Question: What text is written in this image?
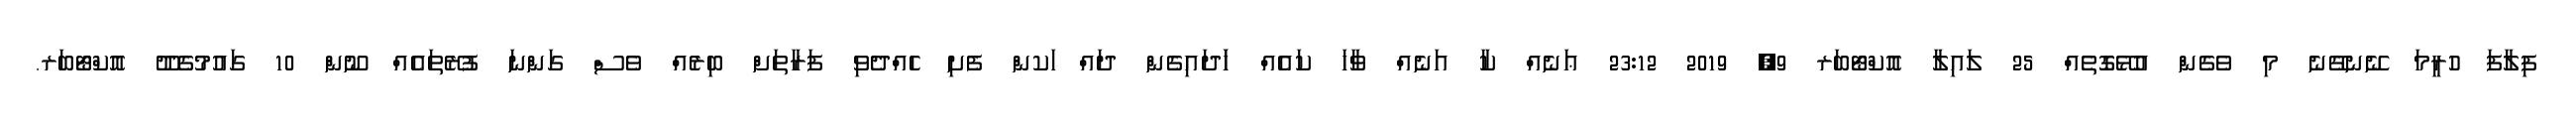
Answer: ފިލާފަ ހުރީމަ ނޭނގޭނެ މި ވެގެން އުޅޭގޮތެއް 25 ލައިލާ އޮކްޓޯބަރ 9, 2019 23:12 ޢަނެއް ކާ އަނެއް ވާހަ ކައެއް ހަަދައިގެން ދައް ަކން ފެށި ހެއްދެވި ފަރާތަށް ބިރެއް ވެސް ގަންނަ ފުރޭތައެއް ނޫން 10 ގައުމުގެދޫ އޮކްޓޯބަރ.